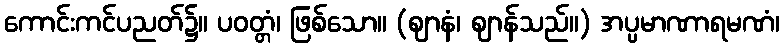
ကောင်းကင်ပညတ်၌။ ပဝတ္တံ၊ ဖြစ်သော။ (ဈာနံ၊ ဈာန်သည်။) အပ္ပမာဏာရမဏံ၊